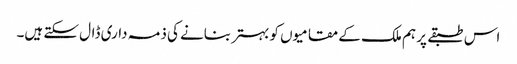
اس طبقے پر ہم ملک کے مقامیوں کو بہتر بنانے کی ذمہ داری ڈال سکتے ہیں۔